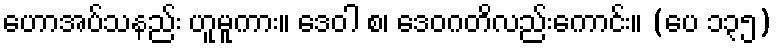
ဟောအပ်သနည်း ဟူမူကား။ ဒေဝါ စ၊ ဒေဝဂတိလည်းကောင်း။ (ပေ ၁၃၅)